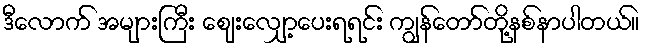
ဒီလောက် အများကြီး ဈေးလျှော့ပေးရရင်း ကျွန်တော်တို့နစ်နာပါတယ်။